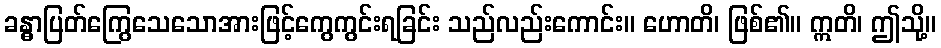
ခန္ဓာပြတ်ကြွေသေသောအားဖြင့်ကွေကွင်းရခြင်း သည်လည်းကောင်း။ ဟောတိ၊ ဖြစ်၏။ ဣတိ၊ ဤသို့။